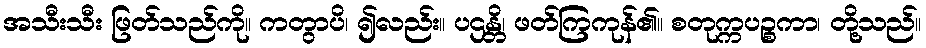
အသီးသီး ဖြတ်သည်ကို။ ကတွာပိ၊ ၍လည်း။ ပဌန္တိ၊ ဖတ်ကြကုန်၏။ စတုက္ကပဉ္စကာ၊ တို့သည်။